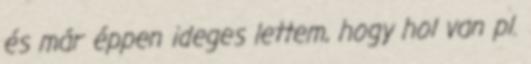
és már éppen ideges lettem, hogy hol van pl.